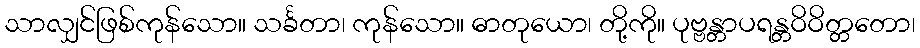
သာလျှင်ဖြစ်ကုန်သော။ သင်္ခတာ၊ ကုန်သော။ ဓာတုယော၊ တို့ကို။ ပုဗ္ဗန္တာပရန္တဝိဝိတ္တတော၊